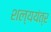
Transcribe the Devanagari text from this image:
शल्ययंत्र